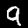
Label: 9